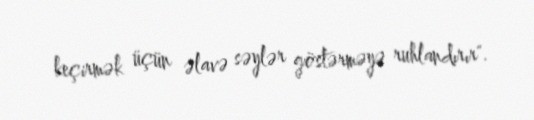
keçirmək üçün əlavə səylər göstərməyə ruhlandırır".